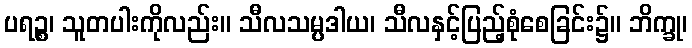
ပရဉ္စ၊ သူတပါးကိုလည်း။ သီလသမ္ပဒါယ၊ သီလနှင့်ပြည့်စုံစေခြင်း၌။ ဘိက္ခု၊